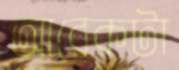
আরেকটা